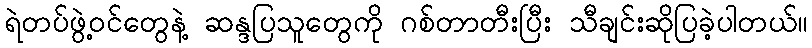
ရဲတပ်ဖွဲ့ဝင်တွေနဲ့ ဆန္ဒပြသူတွေကို ဂစ်တာတီးပြီး သီချင်းဆိုပြခဲ့ပါတယ်။